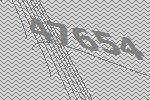
47654